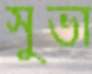
সুভা